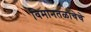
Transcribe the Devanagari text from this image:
विमानतळाचेचे